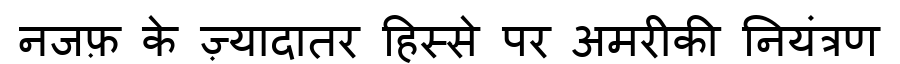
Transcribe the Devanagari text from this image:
नजफ़ के ज़्यादातर हिस्से पर अमरीकी नियंत्रण